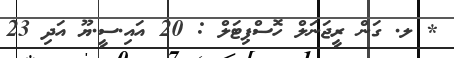
* ލ. ގަން ރީޖަނަލް ހޮސްޕިޓަލް : 20 އައި.ސީ.ޔޫ އަދި 23